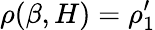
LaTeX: \rho(\beta,H)=\rho_{1}^{\prime}